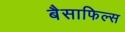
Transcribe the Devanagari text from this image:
बैसाफिल्स